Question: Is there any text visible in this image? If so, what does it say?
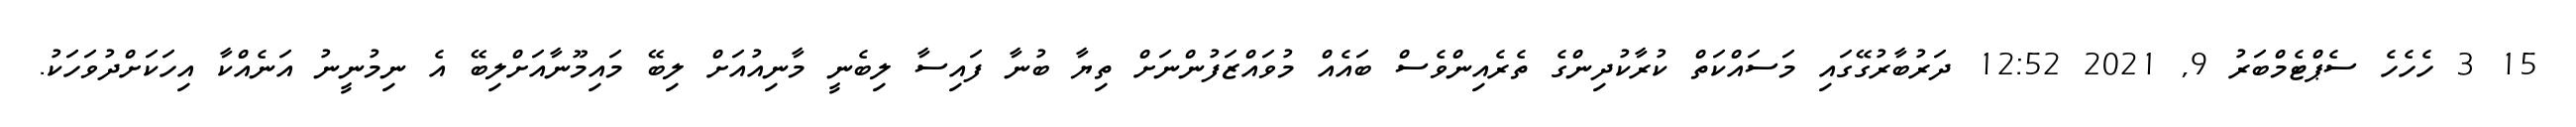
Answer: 15 3 ހެހެހެ ސެޕްޓެމްބަރު 9, 2021 12:52 ދަރުބާރުގޭގައި މަސައްކަތް ކުރާކުދިންގެ ތެރެއިންވެސް ބައެއް މުވައްޒަފުންނަށް ތިޔާ ބުނާ ފައިސާ ލިބެނީ މާނިއުއަށް ލިބޭ މައިމޫނާއަށްލިބޭ އެ ނިމުނީނު އަނެއްކާ އިހަކަށްދުވަހަކު.